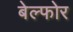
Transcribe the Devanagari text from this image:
बेल्फोर